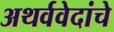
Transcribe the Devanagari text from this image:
अथर्ववेदांचे